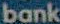
bank